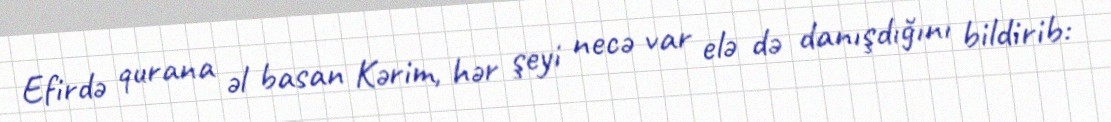
Efirdə qurana əl basan Kərim, hər şeyi necə var elə də danışdığını bildirib: